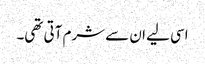
اسی لیے ان سے شرم آتی تھی۔